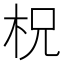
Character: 柷